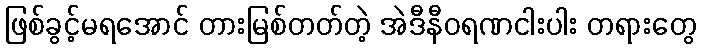
ဖြစ်ခွင့်မရအောင် တားမြစ်တတ်တဲ့ အဲဒီနီဝရဏငါးပါး တရားတွေ